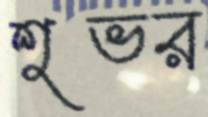
শুভর